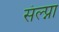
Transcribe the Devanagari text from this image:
संल्प्ना